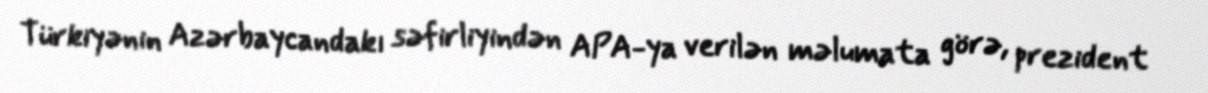
Türkiyənin Azərbaycandakı səfirliyindən APA-ya verilən məlumata görə, prezident